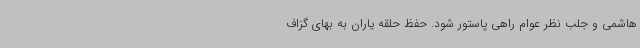
هاشمی و جلب نظر عوام راهی پاستور شود. ‌حفظ حلقه یاران به بهای گزاف